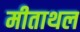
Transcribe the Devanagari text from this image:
मीताथल